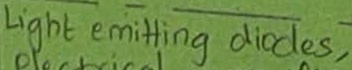
Text: Light emitting diodes,